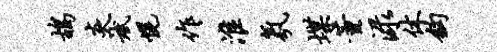
鸪炎斌幌作淮氛堞董渌休钩